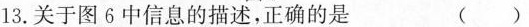
13.关于图6中信息的描述，正确的是 ( )